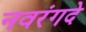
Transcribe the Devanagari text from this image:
नवरंगदे